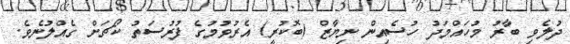
ދުލެވި ބާރު މުހައްމަދު ހުސެއިން ނިޔާޒް (ބޮކުރީ) އެރުވުމުގެ ފުރުސަތު ކޯޗަށް ގެއްލުނެވެ.